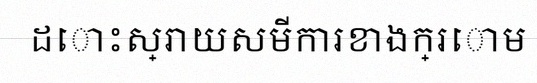
ដោះស្រាយសមីការខាងក្រោម